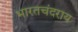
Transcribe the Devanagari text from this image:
भारतचंदराय